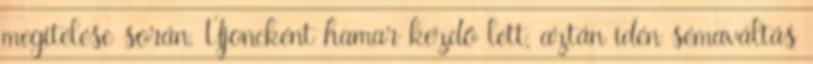
megítélése során. Újoncként hamar kezdő lett, aztán idén sémaváltás